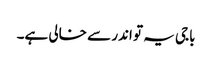
باجی یہ تو اندر سے خالی ہے۔